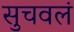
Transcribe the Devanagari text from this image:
सुचवलं